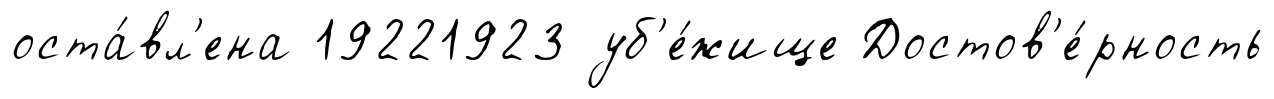
оста́вл'ена 19221923 уб'е́жище Достов'е́рность